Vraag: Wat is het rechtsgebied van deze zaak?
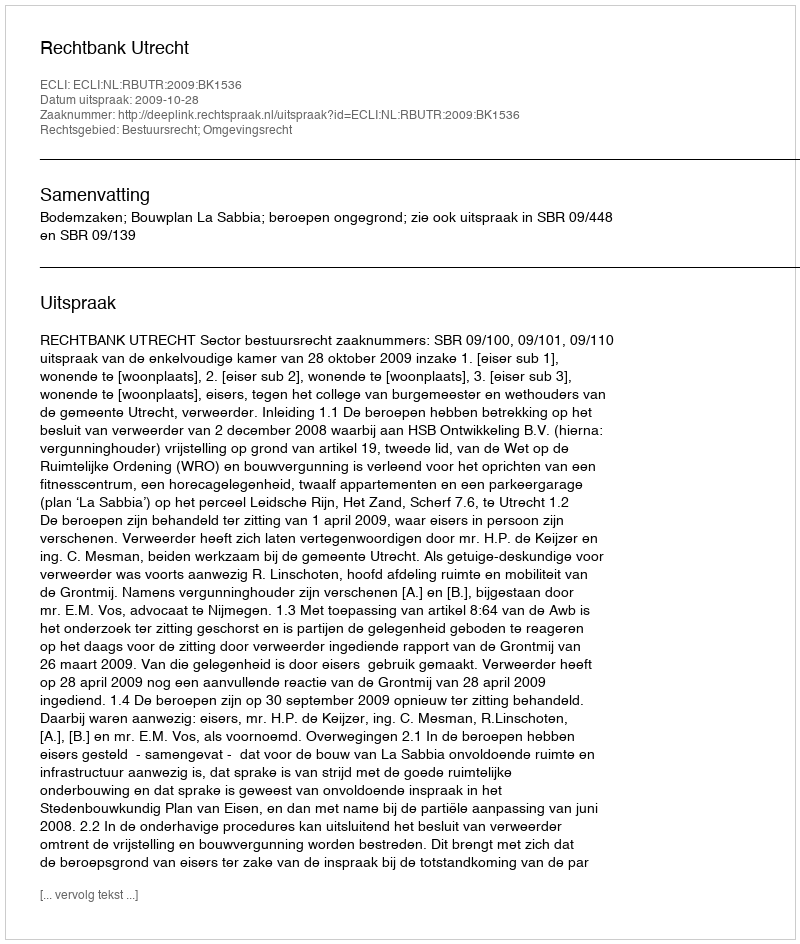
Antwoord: Bestuursrecht; Omgevingsrecht